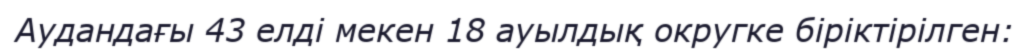
Аудандағы 43 елді мекен 18 ауылдық округке біріктірілген: